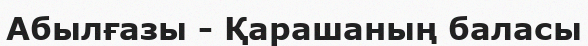
Абылғазы - Қарашаның баласы